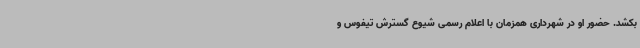
بکشد. حضور او در شهرداری همزمان با اعلام رسمی شیوع گسترش تیفوس و